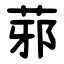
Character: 䓉